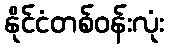
နိုင်ငံတစ်ဝန်းလုံး